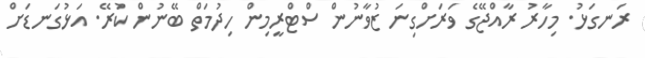
ރަނގަޅު. މިހާރު ރާއްޖޭގެ ވަރަށްގިނަ ޒުވާނުން ސްޓްރީމިން ހިދުމަތް ބޭނުން ކުރޭ. އަޅުގަނޑަށް